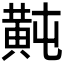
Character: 𪎶